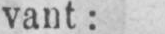
vant: